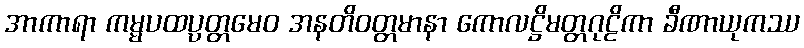
အာကာရာ ကမ္မပထပ္ပတ္တမေဝ အနတိဝတ္တမာနာ ကောလဋ္ဌိမတ္တဂုဠိကာ ခီဏာယုကဿ